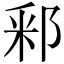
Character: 䣋